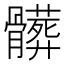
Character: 髒